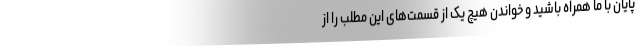
پایان با ما همراه باشید و خواندن هیچ یک از قسمت‌های این مطلب را از